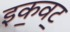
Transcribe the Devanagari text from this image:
इक॒वट॒